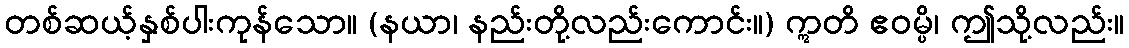
တစ်ဆယ့်နှစ်ပါးကုန်သော။ (နယာ၊ နည်းတို့လည်းကောင်း။) ဣတိ ဧဝမ္ပိ၊ ဤသို့လည်း။